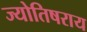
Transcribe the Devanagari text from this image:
ज्योतिषराय